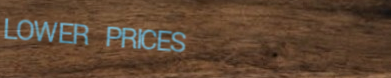
LOWER PRICES